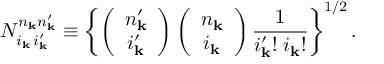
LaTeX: N _ { i _ { \bf k } \, i _ { \bf k } ^ { \prime } } ^ { n _ { \bf k } n _ { \bf k } ^ { \prime } } \equiv \left\{ \left( \begin{array} { c } { { { n _ { \bf k } ^ { \prime } } } } \\ { { { i _ { \bf k } ^ { \prime } } } } \end{array} \right) \left( \begin{array} { c } { { n _ { { \bf k } } } } \\ { { i _ { \bf k } } } \end{array} \right) \frac { 1 } { i _ { \bf k } ^ { \prime } ! \; i _ { \bf k } ! } \right\} ^ { 1 / 2 } .